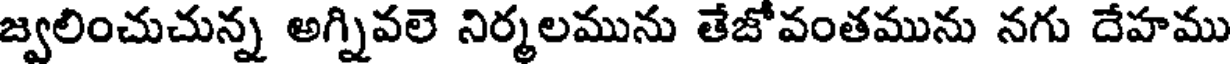
జ్వలించుచున్న అగ్నివలె నిర్మలమును తేజోవంతమును నగు దేహము